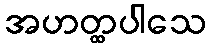
အဟတ္ထပါသေ